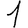
Digit: 1